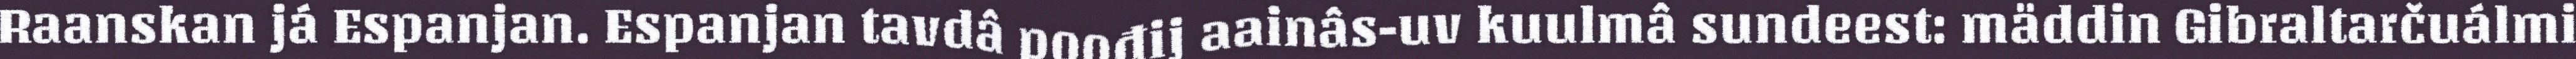
Raanskan já Espanjan. Espanjan tavdâ poođij aainâs-uv kuulmâ sundeest: mäddin Gibraltarčuálmi